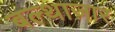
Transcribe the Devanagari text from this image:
बल्थाज़ार